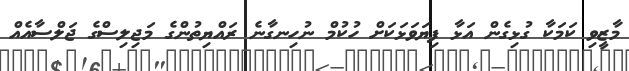
މާޒީވި ކަމަކާ ގުޅިގެން އަޅާ ފިޔަވަޅަކަށް ހުކުމް ނުހިނގާނެ ރައްޔިތުންގެ މަޖިލިސްގެ ޖަލްސާއެއް